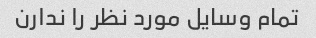
تمام وسایل مورد نظر را ندارن